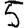
Digit: 5